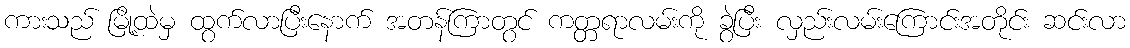
ကားသည် မြို့ထဲမှ ထွက်လာပြီးနောက် အတန်ကြာတွင် ကတ္တရာလမ်းကို ခွဲပြီး လှည်းလမ်းကြောင်းအတိုင်း ဆင်းလာ